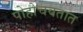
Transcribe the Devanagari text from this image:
पोहोचवतात